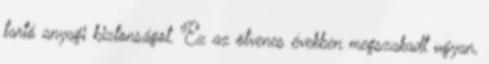
tartó anyagi biztonságot. Ez az ötvenes években megszakadt ugyan,